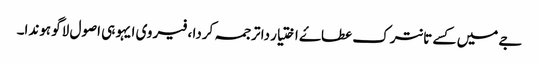
جے میں کسے تانترک عطاۓ اختیار دا ترجمہ کردا ، فیر وی ایہو ہی اصول لاگو ہوندا۔